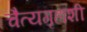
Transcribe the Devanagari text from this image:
चैत्यगृहाशी